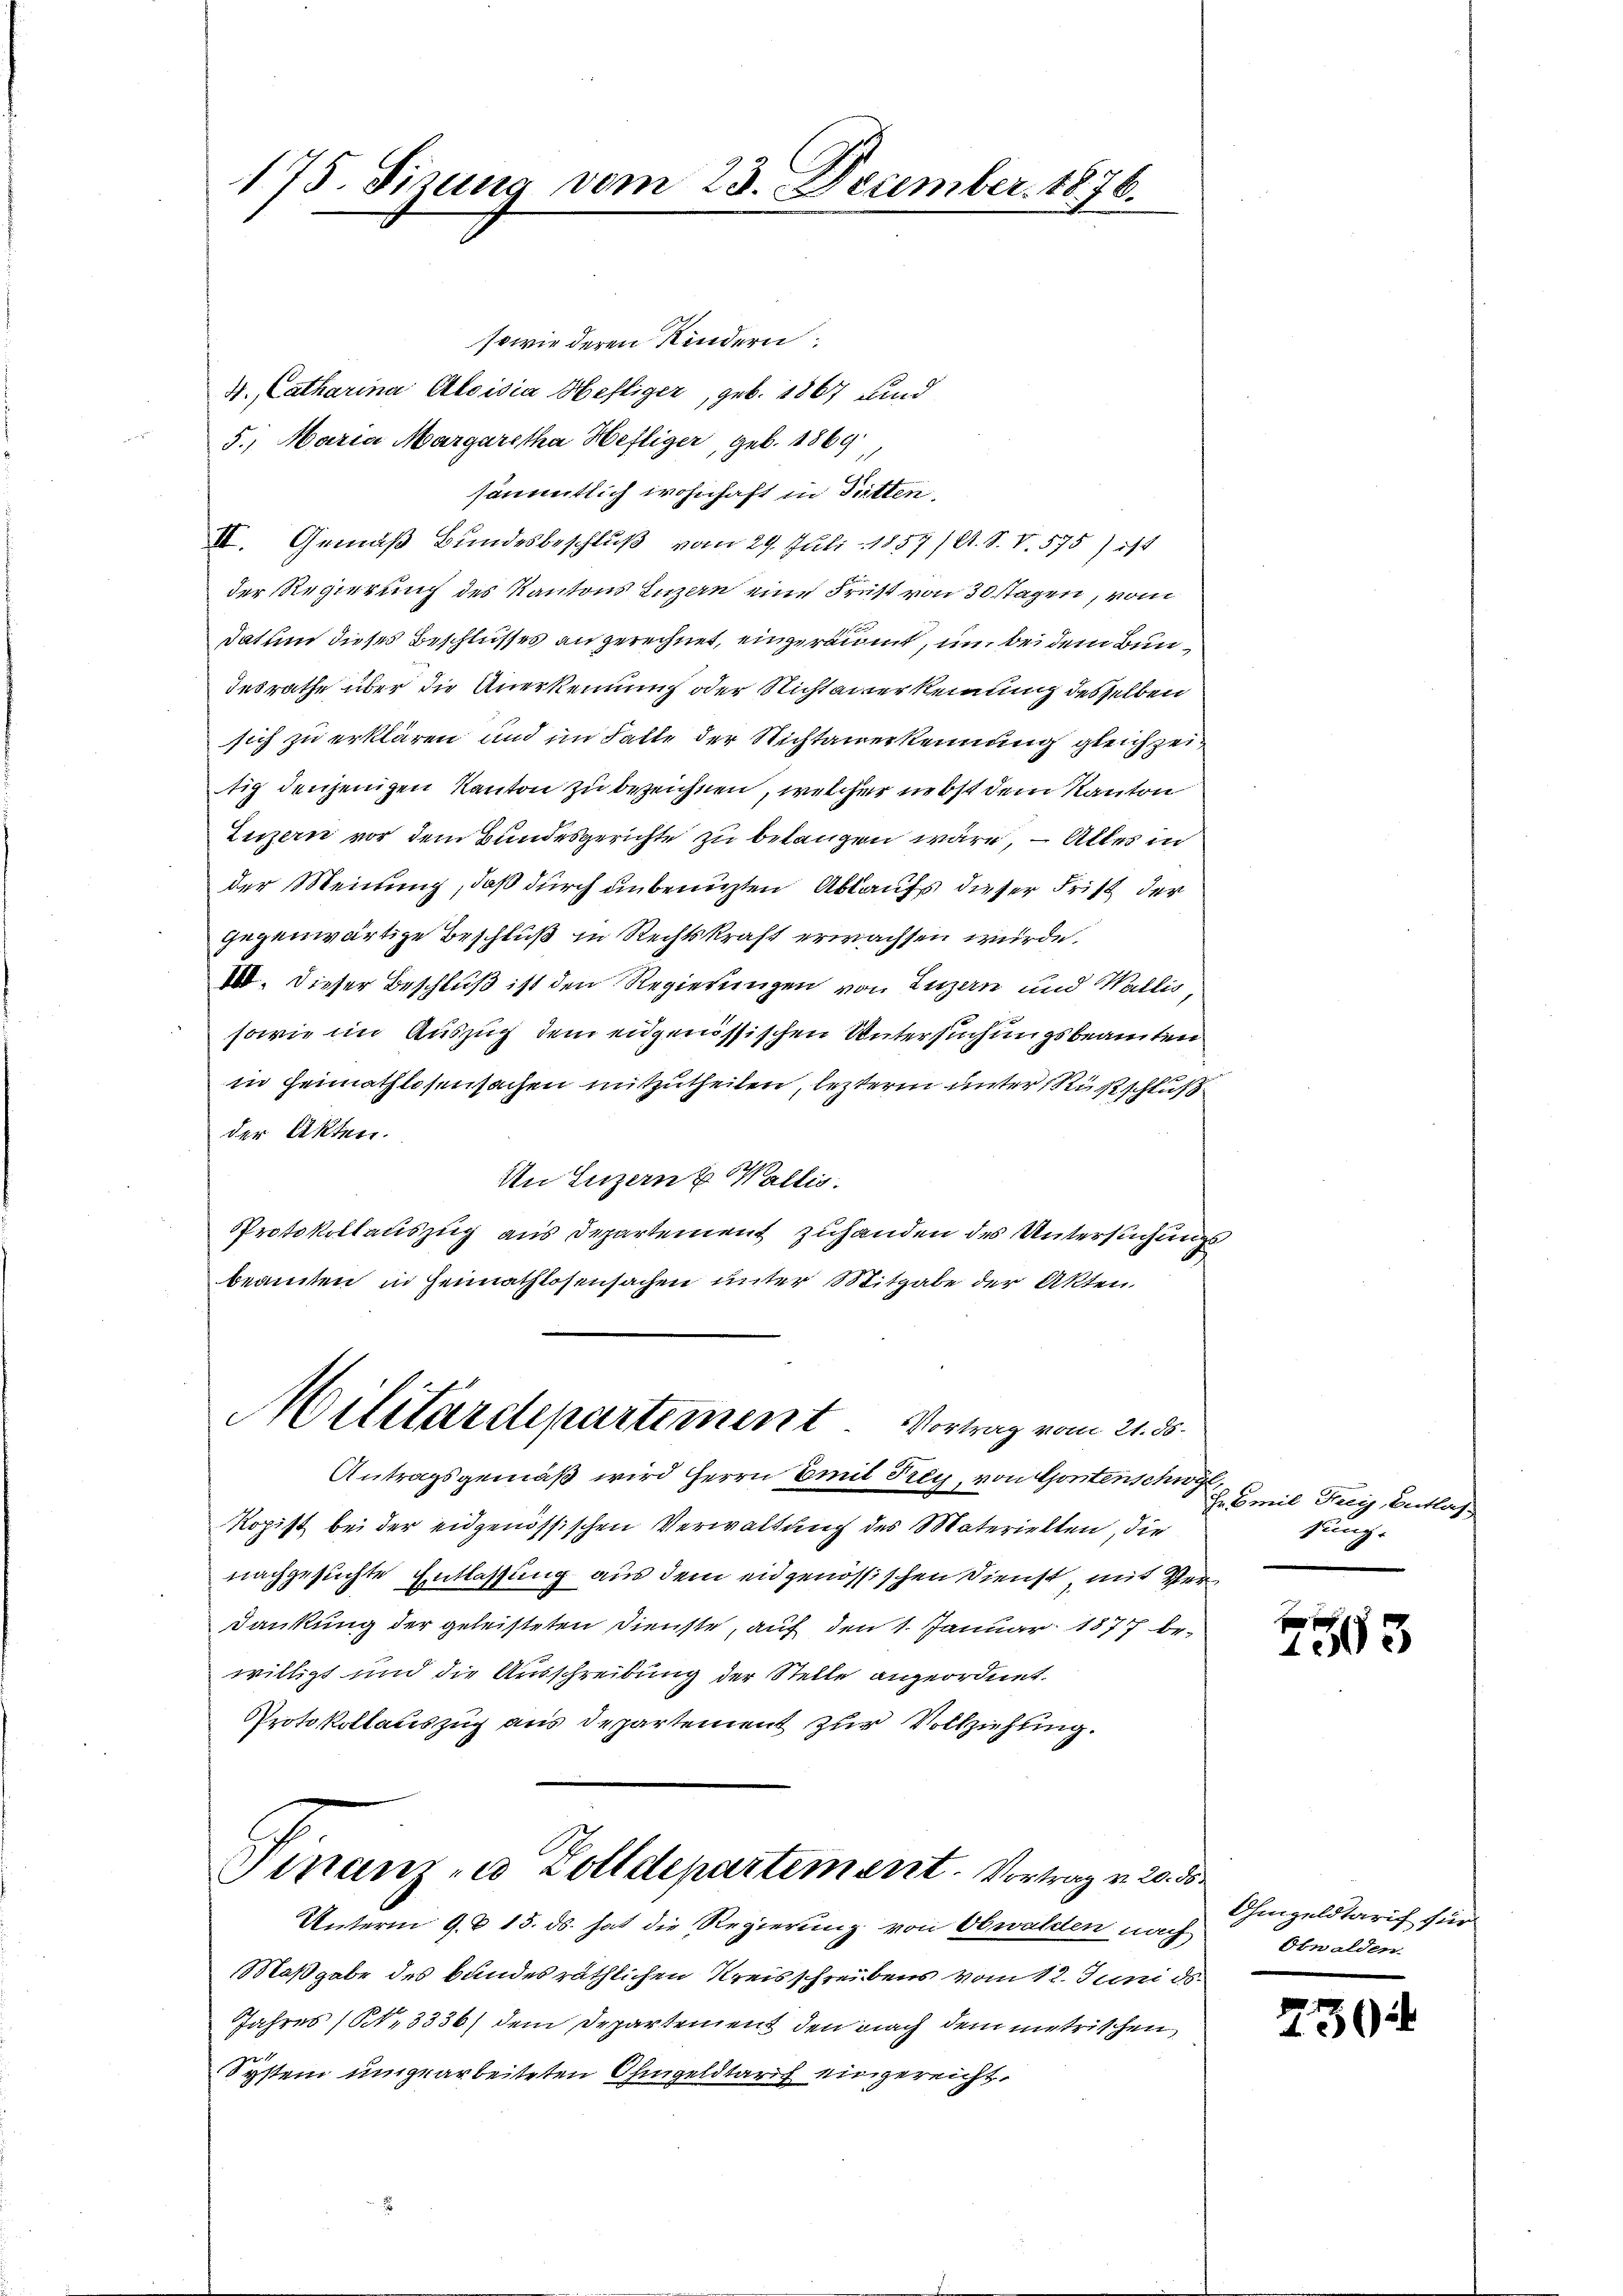
sowie deren Kindern:
4., Catharina Aloisia Heftiger, geb. 1867 und
5. Maria Margaretha Heftiger, geb. 1869
sämmtlich wohnhaft in Pitten.
II. Gemäß Bundesbeschluß vom 29. Juli 1857/A. S. V. 575) ist
der Regierung des Kantons Luzern eine Frist von 30 stagen, vom
Datum dieses Beschlusses angerechnet, eingeräumt, im bei dem Bun¬
Iesrathe über die Anerkennung oder Nichtanerkennung desselben
sich zu erklären und im Falle der Richtanerkennung gleichzeitig denjenigen Kanton zu bezeichnen, welcher nebst dem Kanton
Luzern vor dem Bundesgerichte zu belangen wäre, – Alles in
der Meinung, daß durch unbenuzten Ablaufs dieser Frist der
gegenwärtige Beschluß in Rechtskraft erwachsen wurde.
100. Dieser Beschluß ist den Regierungen von Luzern und Wallis,
sowie im Auszug dem eidgenössischen Untersuchungsbeamten
in Heimathlosensachen mitzutheilen, lezterm unter Rustschluß
der Akten.
An Luzern & Wällig
Protokollauszug aus Departement zuhanden des Untersuchungs
beamten in Heimathlosensachen unter Mitgabe der Akten.
Militärdepartement. Vortrag vom 21. ds.

175. Sizung vom 23. December. 1876.

Antragsgemäß wird Herrn Emil Frey, von Gontenschwyl,
Kopist bei der eidgenössischen Verwaltung des Materiellen, die
nachgesuchte Entlassung aus dem eidgenössischen Dienst, mit Ver¬
Dankung der geleisteten Dienste, auf den 1. Januar 1877 bewilligt und die Ausschreibung der Stelle angeordnet.
Protokollauszug aus departement zur Vollziehung.

Finanze Zolldepartement. Vortrag u. 20. die

Unterm 9. 15. ds. hat die Regierung von Obwalden nach
Maßgabe des Bundesräthlichen Kreisschreibens vom 12. Juni ds.
Jahres (Nr. 3336) dem Departement den nach dem metrischen
System umgearbeiteten Ohmgeldtarif eingereicht.

Ie Emil Frey, Entlas
sung.

f
1303

Ohmgeldtarif für
Obwalden.

250